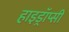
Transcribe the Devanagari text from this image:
हाइड्रॉप्सी